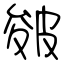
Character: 皴